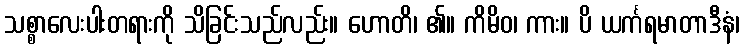
သစ္စာလေးပါးတရားကို သိခြင်းသည်လည်း။ ဟောတိ၊ ၏။ ကိမိဝ၊ ကား။ ပိ ယင်္ကရမာတာဒီနံ၊